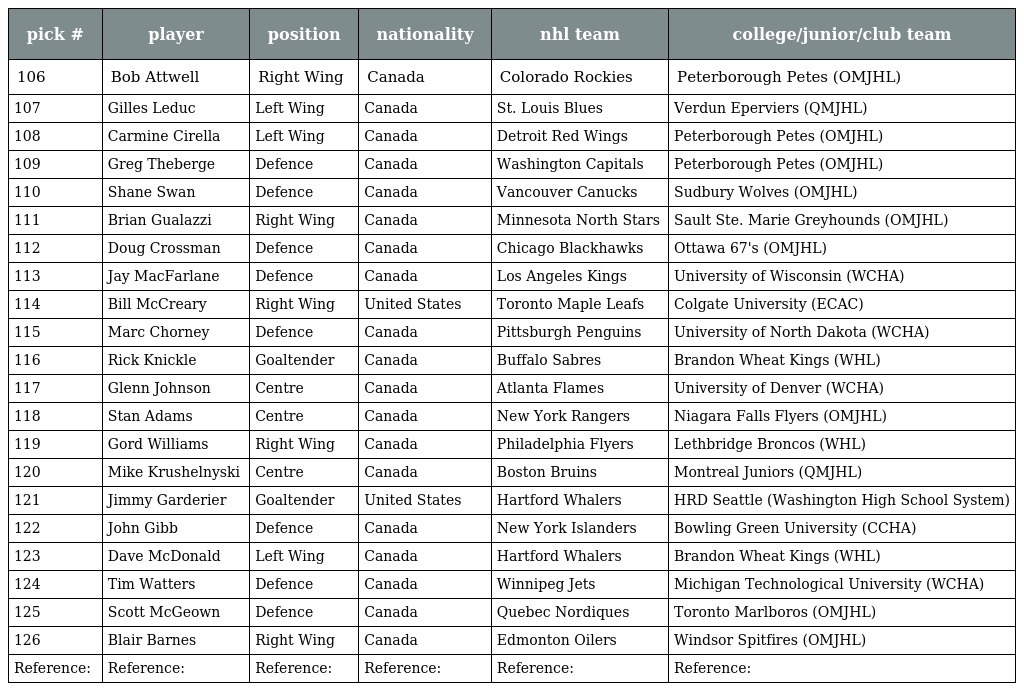
| pick # | player | position | nationality | nhl team | college/junior/club team |
 | --- | --- | --- | --- | --- | --- |
 | 106 | Bob Attwell | Right Wing | Canada | Colorado Rockies | Peterborough Petes (OMJHL) |
 | 107 | Gilles Leduc | Left Wing | Canada | St. Louis Blues | Verdun Eperviers (QMJHL) |
 | 108 | Carmine Cirella | Left Wing | Canada | Detroit Red Wings | Peterborough Petes (OMJHL) |
 | 109 | Greg Theberge | Defence | Canada | Washington Capitals | Peterborough Petes (OMJHL) |
 | 110 | Shane Swan | Defence | Canada | Vancouver Canucks | Sudbury Wolves (OMJHL) |
 | 111 | Brian Gualazzi | Right Wing | Canada | Minnesota North Stars | Sault Ste. Marie Greyhounds (OMJHL) |
 | 112 | Doug Crossman | Defence | Canada | Chicago Blackhawks | Ottawa 67's (OMJHL) |
 | 113 | Jay MacFarlane | Defence | Canada | Los Angeles Kings | University of Wisconsin (WCHA) |
 | 114 | Bill McCreary | Right Wing | United States | Toronto Maple Leafs | Colgate University (ECAC) |
 | 115 | Marc Chorney | Defence | Canada | Pittsburgh Penguins | University of North Dakota (WCHA) |
 | 116 | Rick Knickle | Goaltender | Canada | Buffalo Sabres | Brandon Wheat Kings (WHL) |
 | 117 | Glenn Johnson | Centre | Canada | Atlanta Flames | University of Denver (WCHA) |
 | 118 | Stan Adams | Centre | Canada | New York Rangers | Niagara Falls Flyers (OMJHL) |
 | 119 | Gord Williams | Right Wing | Canada | Philadelphia Flyers | Lethbridge Broncos (WHL) |
 | 120 | Mike Krushelnyski | Centre | Canada | Boston Bruins | Montreal Juniors (QMJHL) |
 | 121 | Jimmy Garderier | Goaltender | United States | Hartford Whalers | HRD Seattle (Washington High School System) |
 | 122 | John Gibb | Defence | Canada | New York Islanders | Bowling Green University (CCHA) |
 | 123 | Dave McDonald | Left Wing | Canada | Hartford Whalers | Brandon Wheat Kings (WHL) |
 | 124 | Tim Watters | Defence | Canada | Winnipeg Jets | Michigan Technological University (WCHA) |
 | 125 | Scott McGeown | Defence | Canada | Quebec Nordiques | Toronto Marlboros (OMJHL) |
 | 126 | Blair Barnes | Right Wing | Canada | Edmonton Oilers | Windsor Spitfires (OMJHL) |
 | Reference: | Reference: | Reference: | Reference: | Reference: | Reference: |